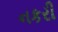
નકરી